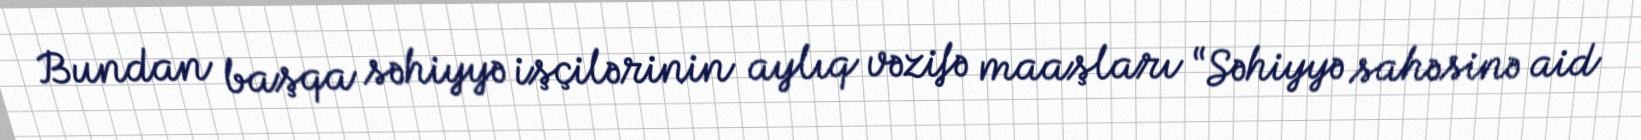
Bundan başqa səhiyyə işçilərinin aylıq vəzifə maaşları “Səhiyyə sahəsinə aid